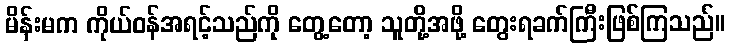
မိန်းမက ကိုယ်ဝန်အရင့်သည်ကို တွေ့တော့ သူတို့အဖို့ တွေးရခက်ကြီးဖြစ်ကြသည်။